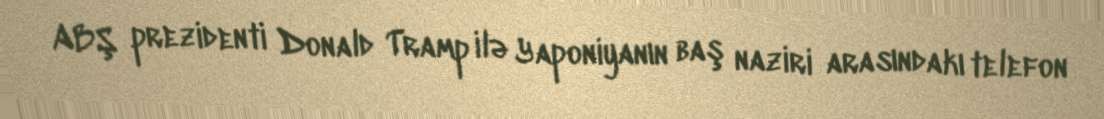
ABŞ prezidenti Donald Tramp ilə Yaponiyanın baş naziri arasındakı telefon